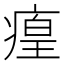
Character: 㾮